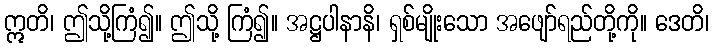
ဣတိ၊ ဤသို့ကြံ၍။ ဤသို့ ကြံ၍။ အဋ္ဌပါနာနိ၊ ရှစ်မျိုးသော အဖျော်ရည်တို့ကို။ ဒေတိ၊